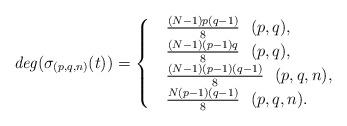
LaTeX: \begin{align*}\mathit{deg}(\sigma_{(p,q,n)}(t))=\begin{cases}&\frac{(N-1)p(q-1)}{8}\ \ (p,q),\\&\frac{(N-1)(p-1)q}{8}\ \ (p,q),\\&\frac{(N-1)(p-1)(q-1)}{8}\ \ (p,q,n),\\&\frac{N(p-1)(q-1)}{8}\ \ (p,q,n).\\\end{cases}\end{align*}